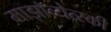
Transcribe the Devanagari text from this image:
माझॉव्येत्स्की